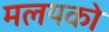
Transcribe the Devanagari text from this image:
मलयको